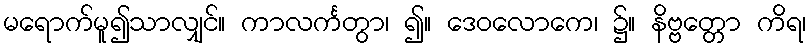
မရောက်မူ၍သာလျှင်။ ကာလင်္ကတွာ၊ ၍။ ဒေဝလောကေ၊ ၌။ နိဗ္ဗတ္တော ကိရ၊